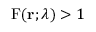
\mathrm { F } ( \mathbf { r } ; \lambda ) > 1